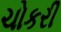
ચોકરી